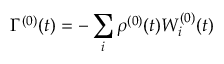
\Gamma ^ { ( 0 ) } ( t ) = - \sum _ { i } \rho ^ { ( 0 ) } ( t ) W _ { i } ^ { ( 0 ) } ( t )